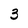
Character: 3